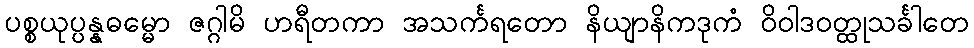
ပစ္စယုပ္ပန္နဓမ္မော ဇဂ္ဂါမိ ဟရီတကာ အသင်္ကရတော နိယျာနိကဒုကံ ဝိဝါဒဝတ္ထုသင်္ခါတေ